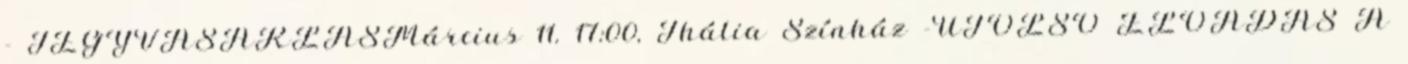
- JEGYVÁSÁRLÁSMárcius 11. 17:00, Thália Színház -UTOLSÓ ELŐADÁS A